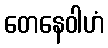
တေနေဝါဟံ